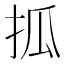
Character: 㧓